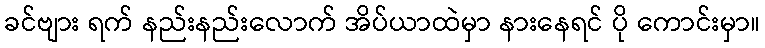
ခင်ဗျား ရက် နည်းနည်းလောက် အိပ်ယာထဲမှာ နားနေရင် ပို ကောင်းမှာ။